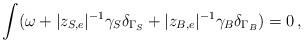
LaTeX: \begin{align*}\int (\omega+ |z_{S,e}|^{-1}\gamma_{S} \delta_{\Gamma_{S}} + |z_{B,e}|^{-1}\gamma_{B}\delta_{\Gamma_{B}})=0\,, \end{align*}